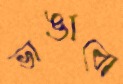
ভাঙাবো